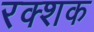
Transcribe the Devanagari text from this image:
रक्शक